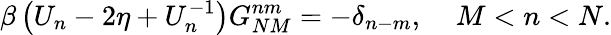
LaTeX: \beta\left(U_{n}-2\eta+U_{n}^{-1}\right)G_{NM}^{nm}=-\delta_{n-m},\; \; \; \; M<n<N.